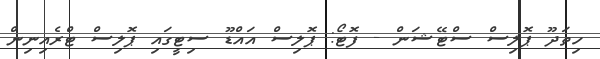
ހިތަދޫ ޕޮލިސް ސްޓޭޝަން - ފޮޓޯ: ޕޮލިސް އައްޑޫ ސިޓީގައި ޕޮލިސް ޓްރެއިނިން